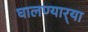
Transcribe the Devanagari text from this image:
घालण्यार्‍या